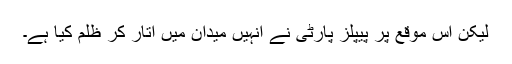
لیکن اس موقع پر پیپلز پارٹی نے انہیں میدان میں اتار کر ظلم کیا ہے۔